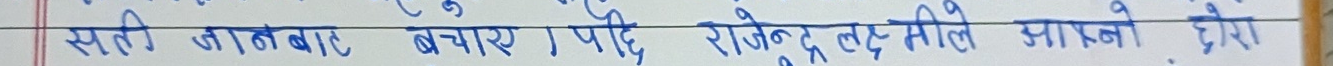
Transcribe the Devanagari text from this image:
सती ज्ञातबात भएरै, पहिले राजेन्द्र लुईले आफैले हेरे ।